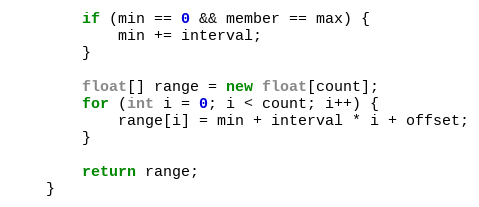
Language: Java
        if (min == 0 && member == max) {
            min += interval;
        }

        float[] range = new float[count];
        for (int i = 0; i < count; i++) {
            range[i] = min + interval * i + offset;
        }

        return range;
    }